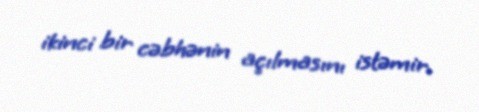
ikinci bir cəbhənin açılmasını istəmir.